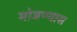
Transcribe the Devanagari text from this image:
मोजण्यास